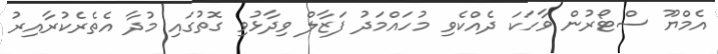
އެމްޔޫ ސްޓޯރުން ވާހަކަ ދެއްކެވި މުހައްމަދު ފަޒާލް ވިދާޅުވި ގޮތުގައި މުދާ އެތެރެކުރާއިރު